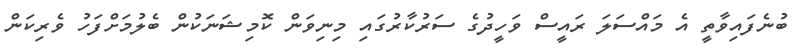
ބުނެފައިވާތީ އެ މައްސަލަ ރައީސް ވަހީދުގެ ސަރުކާރުގައި މިނިވަން ކޮމިޝަނަކުން ބެލުމަށްފަހު ވެރިކަން